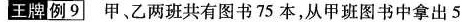
王牌 例9 甲、乙两班共有图书 75 本，从甲班图书中拿出 5